Senior Leaving Certificate Examination (including Day School Certificate (Higher) General paper), 1950
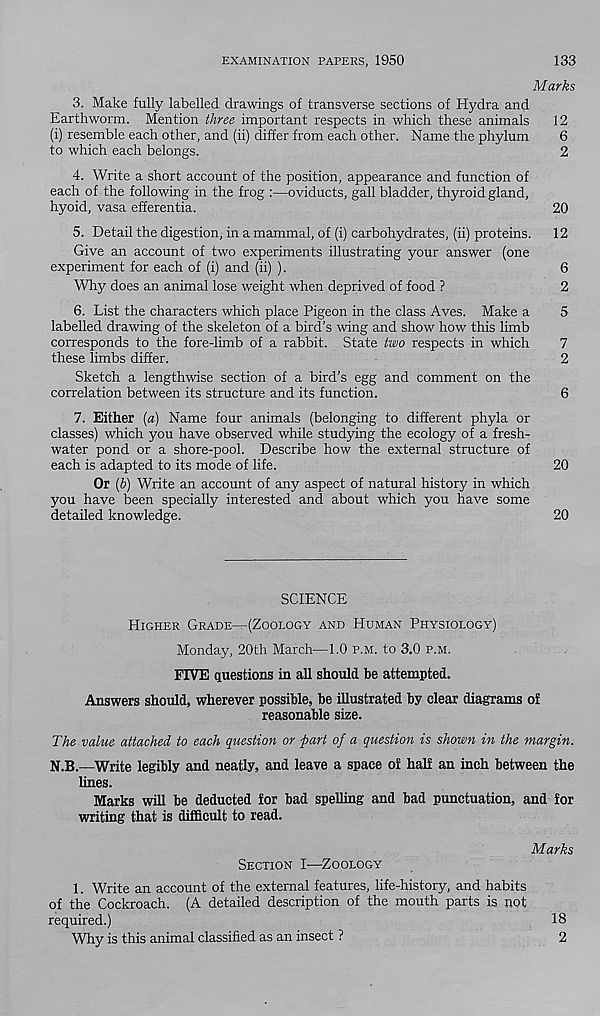
EXAMINATION PAPERS, 1950
133
Marks
3. Make fully labelled drawings of transverse sections of Hydra and
Earthworm. Mention three important respects in which these animals
12
(i) resemble each other, and (ii) differ from each other. Name the phylum
6
to which each belongs.
2
4. Write a short account of the position, appearance and function of
each of the following in the frog :—oviducts, gall bladder, thyroid gland,
hyoid, vasa efferentia.
20
5. Detail the digestion, in a mammal, of (i) carbohydrates, (ii) proteins. 12
Give an account of two experiments illustrating your answer (one
experiment for each of (i) and (ii) ).
6
Why does an animal lose weight when deprived of food ?
2
6. List the characters which place Pigeon in the class Aves. Make a
5
labelled drawing of the skeleton of a bird’s wing and show how this limb
corresponds to the fore-limb of a rabbit. State two respects in which
7
these limbs differ.
2
Sketch a lengthwise section of a bird’s egg and comment on the
correlation between its structure and its function.
6
7. Either {a) Name four animals (belonging to different phyla or
classes) which you have observed while studying the ecology of a fresh-
water pond or a shore-pool. Describe how the external structure of
each is adapted to its mode of life.
20
Or (b) Write an account of any aspect of natural history in which
you have been specially interested and about which you have some
detailed knowledge.
20
SCIENCE
Higher Grade—(Zoology and Human Physiology)
Monday, 20th March-—1.0 p.m. to 3.0 p.m.
FIVE questions in all should be attempted.
Answers should, wherever possible, be illustrated by clear diagrams of
reasonable size.
The value attached to each question or part of a question is shown in the margin.
N.B.—Write legibly and neatly, and leave a space of half an inch between the
Unes.
Marks will be deducted for bad spelling and bad punctuation, and for
writing that is difficult to read.
Section I—Zoology
Marks
1. Write an account of the external features, life-history, and habits
of the Cockroach. (A detailed description of the mouth parts is not
required.)
18
Why is this animal classified as an insect ?
2